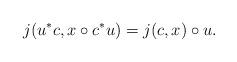
LaTeX: \begin{align*}j(u^*c,x\circ c^*u) = j(c,x) \circ u.\end{align*}